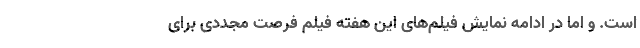
است. و اما در ادامه نمایش فیلم‌های این هفته فیلم فرصت مجددی برای